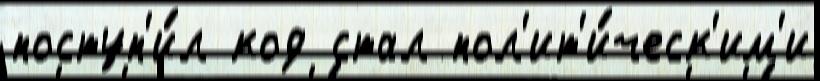
поступ'и́л код стал пол'ит'и́ческ'им'и